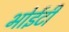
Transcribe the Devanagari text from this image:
भोईटी